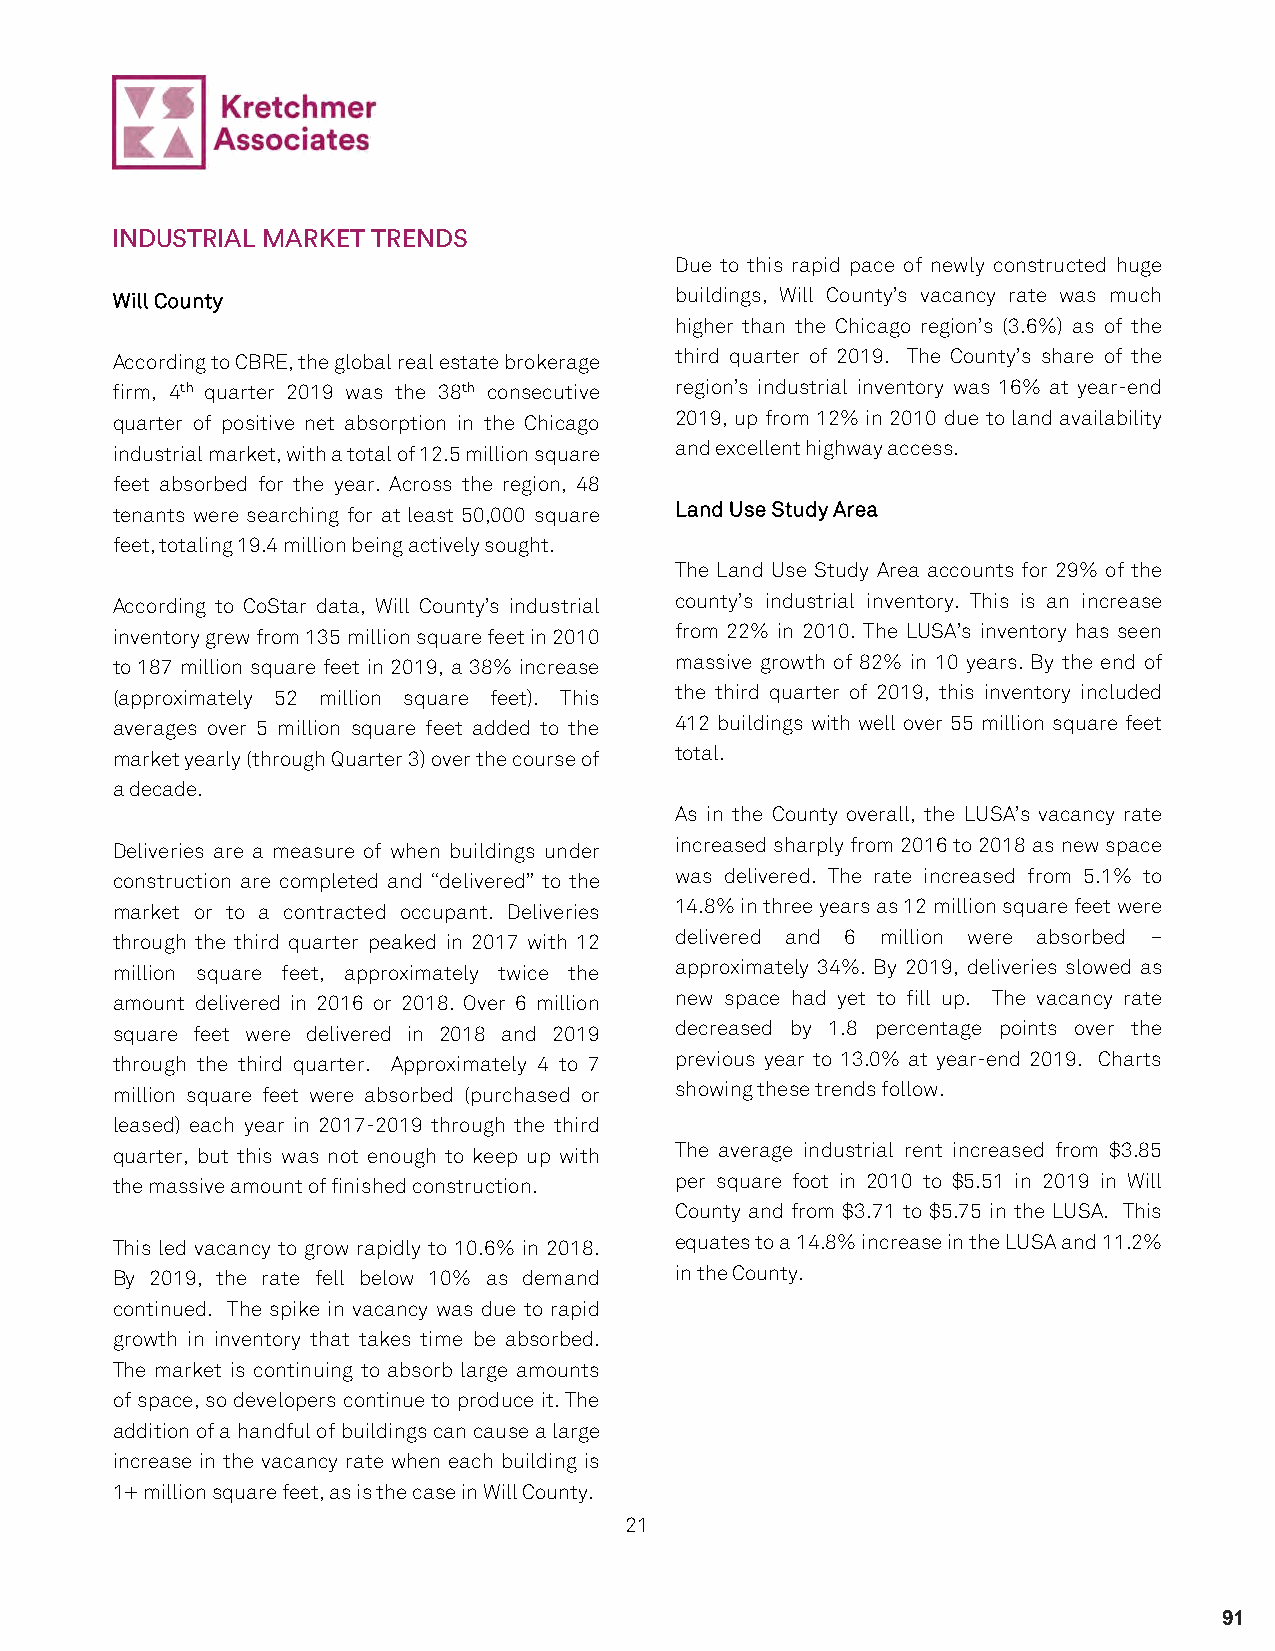
INDUSTRIAL MARKET TRENDS
 Due to this rapid pace of newly constructed huge
 Will County                           buildings, Will County’s vacancy rate was much
 higher than the Chicago region’s (3.6%) as of the
 According to CBRE, the global real estate brokerage third quarter of 2019. The County’s share of the
 firm, 4th quarter 2019 was the 38th consecutive region’s industrial inventory was 16% at year-end
 quarter of positive net absorption in the Chicago 2019, up from 12% in 2010 due to land availability
 industrial market, with a total of 12.5 million square and excellent highway access.
 feet absorbed for the year. Across the region, 48
 tenants were searching for at least 50,000 square Land Use Study Area
 feet, totaling 19.4 million being actively sought.
 The Land Use Study Area accounts for 29% of the
 According to CoStar data, Will County’s industrial county’s industrial inventory. This is an increase
 inventory grew from 135 million square feet in 2010 from 22% in 2010. The LUSA’s inventory has seen
 to 187 million square feet in 2019, a 38% increase massive growth of 82% in 10 years. By the end of
 (approximately 52 million square feet). This the third quarter of 2019, this inventory included
 averages over 5 million square feet added to the 412 buildings with well over 55 million square feet
 market yearly (through Quarter 3) over the course of total.
 a decade.
 As in the County overall, the LUSA’s vacancy rate
 Deliveries are a measure of when buildings under increased sharply from 2016 to 2018 as new space
 construction are completed and “delivered” to the was delivered. The rate increased from 5.1% to
 market or to a contracted occupant. Deliveries 14.8% in three years as 12 million square feet were
 through the third quarter peaked in 2017 with 12 delivered and 6 million were absorbed –
 million square feet, approximately twice the approximately 34%. By 2019, deliveries slowed as
 amount delivered in 2016 or 2018. Over 6 million new space had yet to fill up. The vacancy rate
 square feet were delivered in 2018 and 2019 decreased by 1.8 percentage points over the
 through the third quarter. Approximately 4 to 7 previous year to 13.0% at year-end 2019. Charts
 million square feet were absorbed (purchased or showing these trends follow.
 leased) each year in 2017-2019 through the third
 quarter, but this was not enough to keep up with The average industrial rent increased from $3.85
 the massive amount of finished construction. per square foot in 2010 to $5.51 in 2019 in Will
 County and from $3.71 to $5.75 in the LUSA. This
 This led vacancy to grow rapidly to 10.6% in 2018. equates to a 14.8% increase in the LUSA and 11.2%
 By 2019, the rate fell below 10% as demand in the County.
 continued. The spike in vacancy was due to rapid
 growth in inventory that takes time be absorbed.
 The market is continuing to absorb large amounts
 of space, so developers continue to produce it. The
 addition of a handful of buildings can cause a large
 increase in the vacancy rate when each building is
 1+ million square feet, as is the case in Will County.
 21
 91